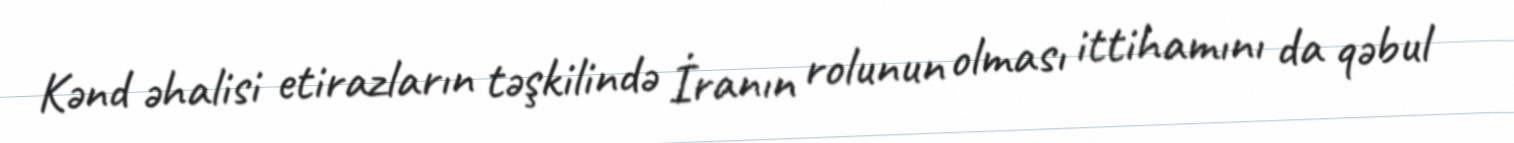
Kənd əhalisi etirazların təşkilində İranın rolunun olması ittihamını da qəbul